Civil Veterinary Department. Madras. Admin. report 1926-33 - 1926-1933
Year: 1926
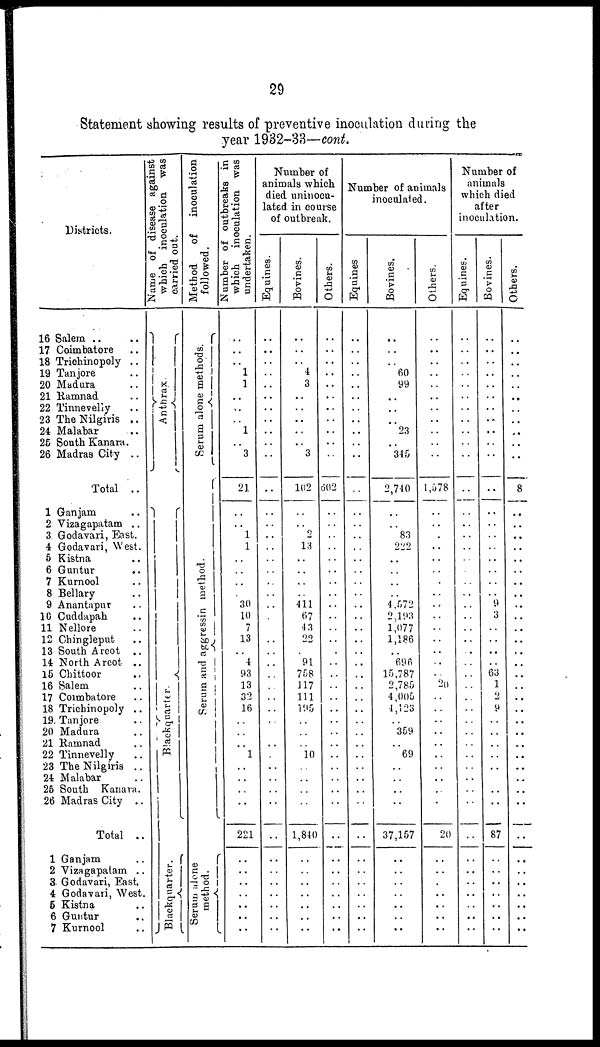
29
Statement showing results of preventive inoculation during the
year 1932-33—cont.
Districts.
16 Salem .. ..
17 Coimbatore ..
18 Trichinopoly ..
19 Tanjore
20 Madura
21 Ramnad ..
22 Tinnevelly ..
23 The Nilgiris ..
24 Malabar
25 South Kanara.
26 Madras City ..
Total ..
1 Ganjam ..
2 Vizagapatam ..
3 Godavari, East.
4 Godavari, West.
5 Kistna ..
6 Guntur ..
7 Kurnool ..
8 Bellary ..
9 Anantapur ..
10 Cuddapah ..
11 Nellore
12 Chingleput ..
13 South Arcot ..
14 North Arcot ..
15 Chittoor ..
16 Salem ..
17 Coimbatore ..
18 Trichinopoly ..
19. Tanjore
20 Madura
21 Ramnad ..
22 Tinnevelly ..
23 The Nilgiris ..
24 Malabar
26 South Kanara.
26 Madras City ..
Total ..
1 Ganjam ..
2 Vizagapatam ..
3 Godavari, East.
4 Godavari, West.
5 Kistna ..
6 Guntur ..
7 Kurnool ..
Name of disease against
which inoculation was
carried out.
Anthrax.
Blackquarter.
Blackqnarter.
Method
of
inoculation
followed.
Serum alone methods.
Serum and aggressin method.
Serum alone
method.
Number of outbreaks in
which inoculation was
undertaken.
1
1
..
1
3
21
1
1
30
10
7
13
4
93
13
33
16
1
221
Number of
animals which
died uninocu-
lated in course
of outbreak.
Equines.
Bovines.
4
3
3
102
2
13
411
67
4 3
22
91
758
117
111
10
1,840
..
Others.
..
602
..
Number of animals
inoculated.
Equines
Bovines.
60
99
23
345
2,740
83
222
4,572
2,193
1,077
1,186
696
15,787
2,785
4,005
4,123
359
69
..
37,157
..
..
..
Others.
1,578
20
..
20
Number of
animals
which died
after
inoculation.
Equines.
Bovines.
..
9
3
.,
63
1
2
9
87
Others.
..
..
8
..
..
..
..
..